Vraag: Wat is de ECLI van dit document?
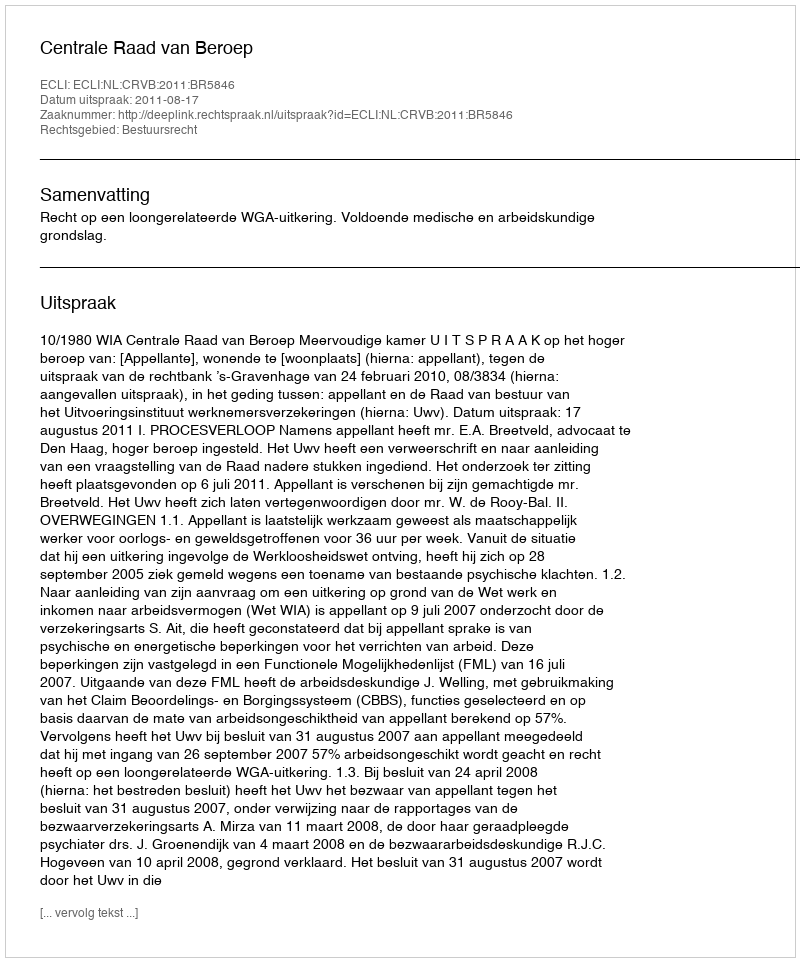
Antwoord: ECLI:NL:CRVB:2011:BR5846